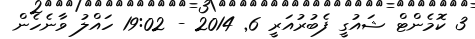
3 ކޮމެންޓް ޝައުގީ ފެބުރުއަރީ 6